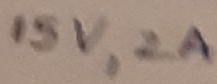
Text: 15V,2A